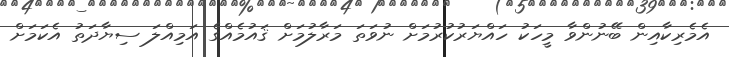
އެމެރިކާއިން ބޭނުންވާ މީހަކު ހައްޔަރުކުރުމަށް ނުވަތަ މަރާލުމަށް ޤައުމެއްގެ އަމިއްލަ ސިޔާދަތު އެކަމަށް